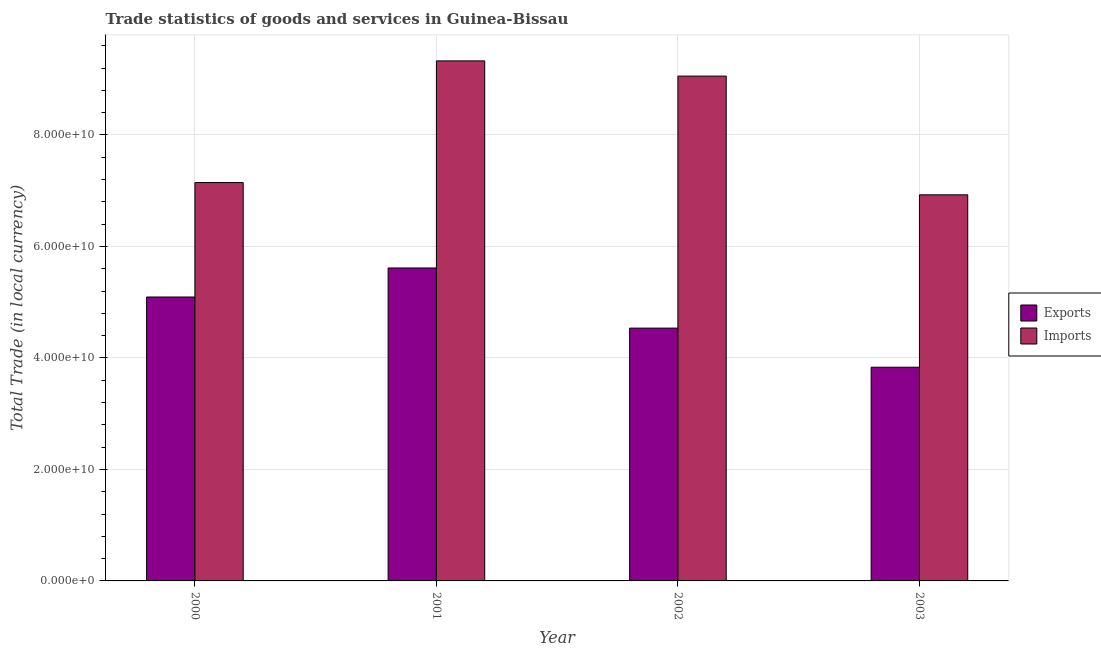
| Year | Exports | Imports |
 | --- | --- | --- |
 | 2000 | 5.09e+10 | 7.15e+10 |
 | 2001 | 5.61e+10 | 9.33e+10 |
 | 2002 | 4.53e+10 | 9.06e+10 |
 | 2003 | 3.83e+10 | 6.93e+10 |